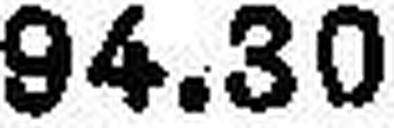
94.30